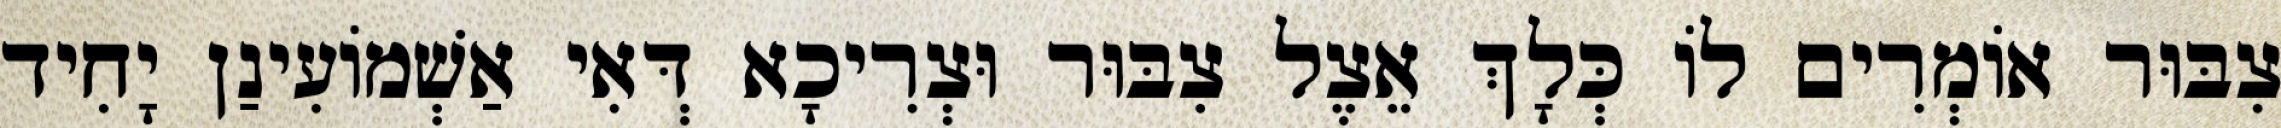
צִבּוּר אוֹמְרִים לוֹ כְּלָךְ אֵצֶל צִבּוּר וּצְרִיכָא דְּאִי אַשְׁמוֹעִינַן יָחִיד